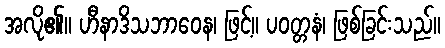
အလို၏။ ဟီနာဒိသဘာဝေန၊ ဖြင့်။ ပဝတ္တနံ၊ ဖြစ်ခြင်းသည်။